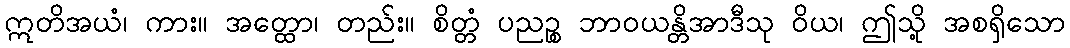
ဣတိအယံ၊ ကား။ အတ္ထော၊ တည်း။ စိတ္တံ ပညဉ္စ ဘာဝယန္တိအာဒီသု ဝိယ၊ ဤသို့ အစရှိသော